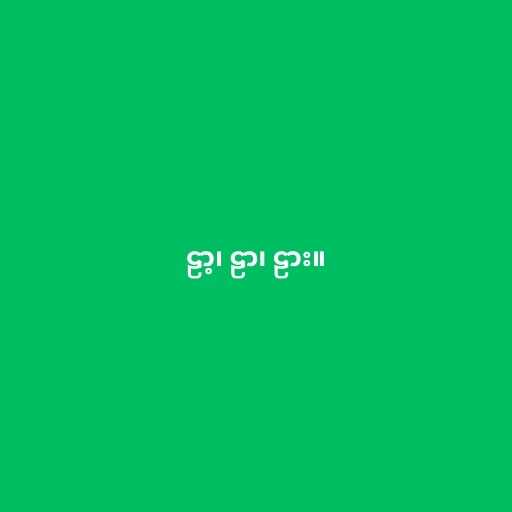
ဠာ့၊ ဠာ၊ ဠား။